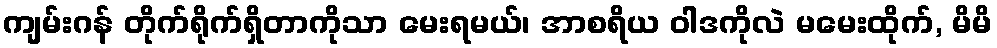
ကျမ်းဂန် တိုက်ရိုက်ရှိတာကိုသာ မေးရမယ်၊ အာစရိယ ဝါဒကိုလဲ မမေးထိုက်, မိမိ